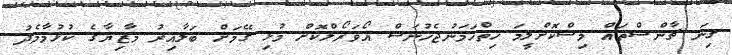
ގިނަ ޗާންސްތައް މިސްކޮށްލީމަ ހިތްހަމަނުޖެހުނަސް އޯވަރޯލްކޮށް މުޅި ގޭމަށް ބަލާއިރު މާޒިޔާގެ ކުޅުމާމެދު